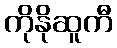
ကိုနိုဆူကီ